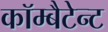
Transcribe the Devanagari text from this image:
कॉम्बैटेन्ट